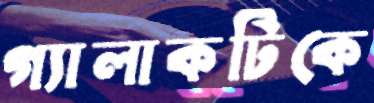
গ্যালাকটিকে